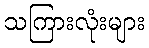
သကြားလုံးများ